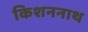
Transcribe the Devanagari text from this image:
किशननाथ